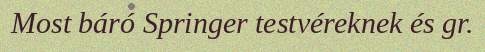
Most báró Springer testvéreknek és gr.